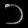
Digit: ၁